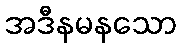
အဒီနမနသော